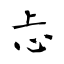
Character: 忐